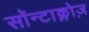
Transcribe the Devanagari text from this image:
सॉन्टाक्लोज़